Civil Veterinary Department Bengal reports 1923-33 - 1923-1933
Year: 1923
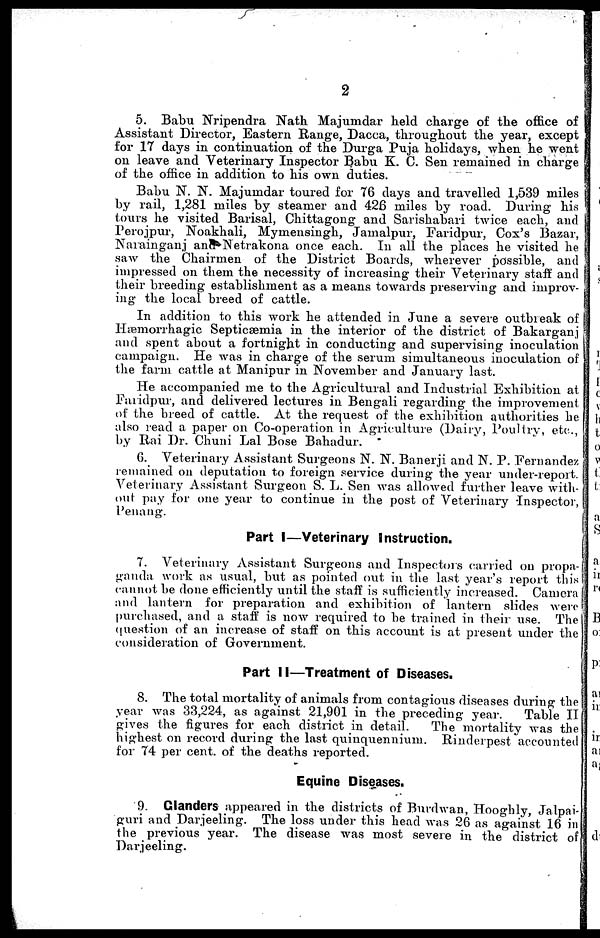
2
5. Babu Nripendra Nath Majumdar held charge of the office of
Assistant Director, Eastern Range, Dacca, throughout the year, except
for 17 days in continuation of the Durga Puja holidays, when he went
on leave and Veterinary Inspector Babu K. C. Sen remained in charge
of the office in addition to his own duties.
Babu N. N. Majumdar toured for 76 days and travelled 1,539 miles
by rail, 1,281 miles by steamer and 426 miles by road. During his
tours he visited Barisal, Chittagong and Sarishabari twice each, and
Perojpur, Noakhali, Mymensingh, Jamalpur, Faridpur, Cos's Bazar,
Narainganj and Netrakona once each. In all the places he visited he
saw the Chairmen of the District Boards, wherever possible, and
impressed on them the necessity of increasing their Veterinary staff and
their breeding establishment as a means towards preserving and improv-
ing the local breed of cattle.
In addition to this work he attended in June a severe outbreak of
Hæmorrhagic Septicæmia in the interior of the district of Bakarganj
and spent about a fortnight in conducting and supervising inoculation
campaign. He was in charge of the serum simultaneous inoculation of
the farm cattle at Manipur in November and January last.
He accompanied me to the Agricultural and Industrial Exhibition at
Faridpur, and delivered lectures in Bengali regarding the improvement
of the breed of cattle. At the request of the exhibition authorities he
also read a paper on Co-operation in Agriculture (Dairy, Poultry, etc.,
by Rai Dr. Chuni Lal Bose Bahadur.
6. Veterinary Assistant Surgeons N. N. Banerji and N. P. Fernandez
remained on deputation to foreign service during the year under-report.
Veterinary Assistant Surgeon S. L. Sen was allowed further leave with-
out pay for one year to continue in the post of Veterinary Inspector,
Penang.
Part I—Veterinary Instruction.
7. Veterinary Assistant Surgeons and Inspectors carried on propa-
ganda work as usual, but as pointed out in the last year's report this
cannot be done efficiently until the staff is sufficiently increased. Camera
and lantern for preparation and exhibition of lantern slides were
purchased, and a staff is now required to be trained in their use. The
question of an increase of staff on this account is at present under the
consideration of Government.
Part II—Treatment of Diseases.
8. The total mortality of animals from contagious diseases during the
year was 33,224, as against 21,901 in the preceding year.
Table II
gives the figures for each district in detail.
The mortality was the
highest on record during the last quinquennium. Rinderpest accounted
for 74 per cent. of the deaths reported.
Equine Diseases.
9. Glanders appeared in the districts of Burdwan, Hooghly, Jalpai-
guri and Darjeeling. The loss under this head was 26 as against 16 in
the previous year. The disease was most severe in the district of
Darjeeling.